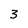
Character: 3